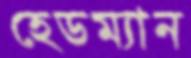
হেডম্যান